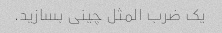
یک ضرب المثل چینی بسازید.